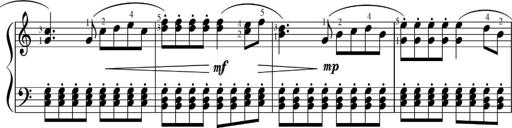
Title: Sonatinas
Composer: Andrew Violette